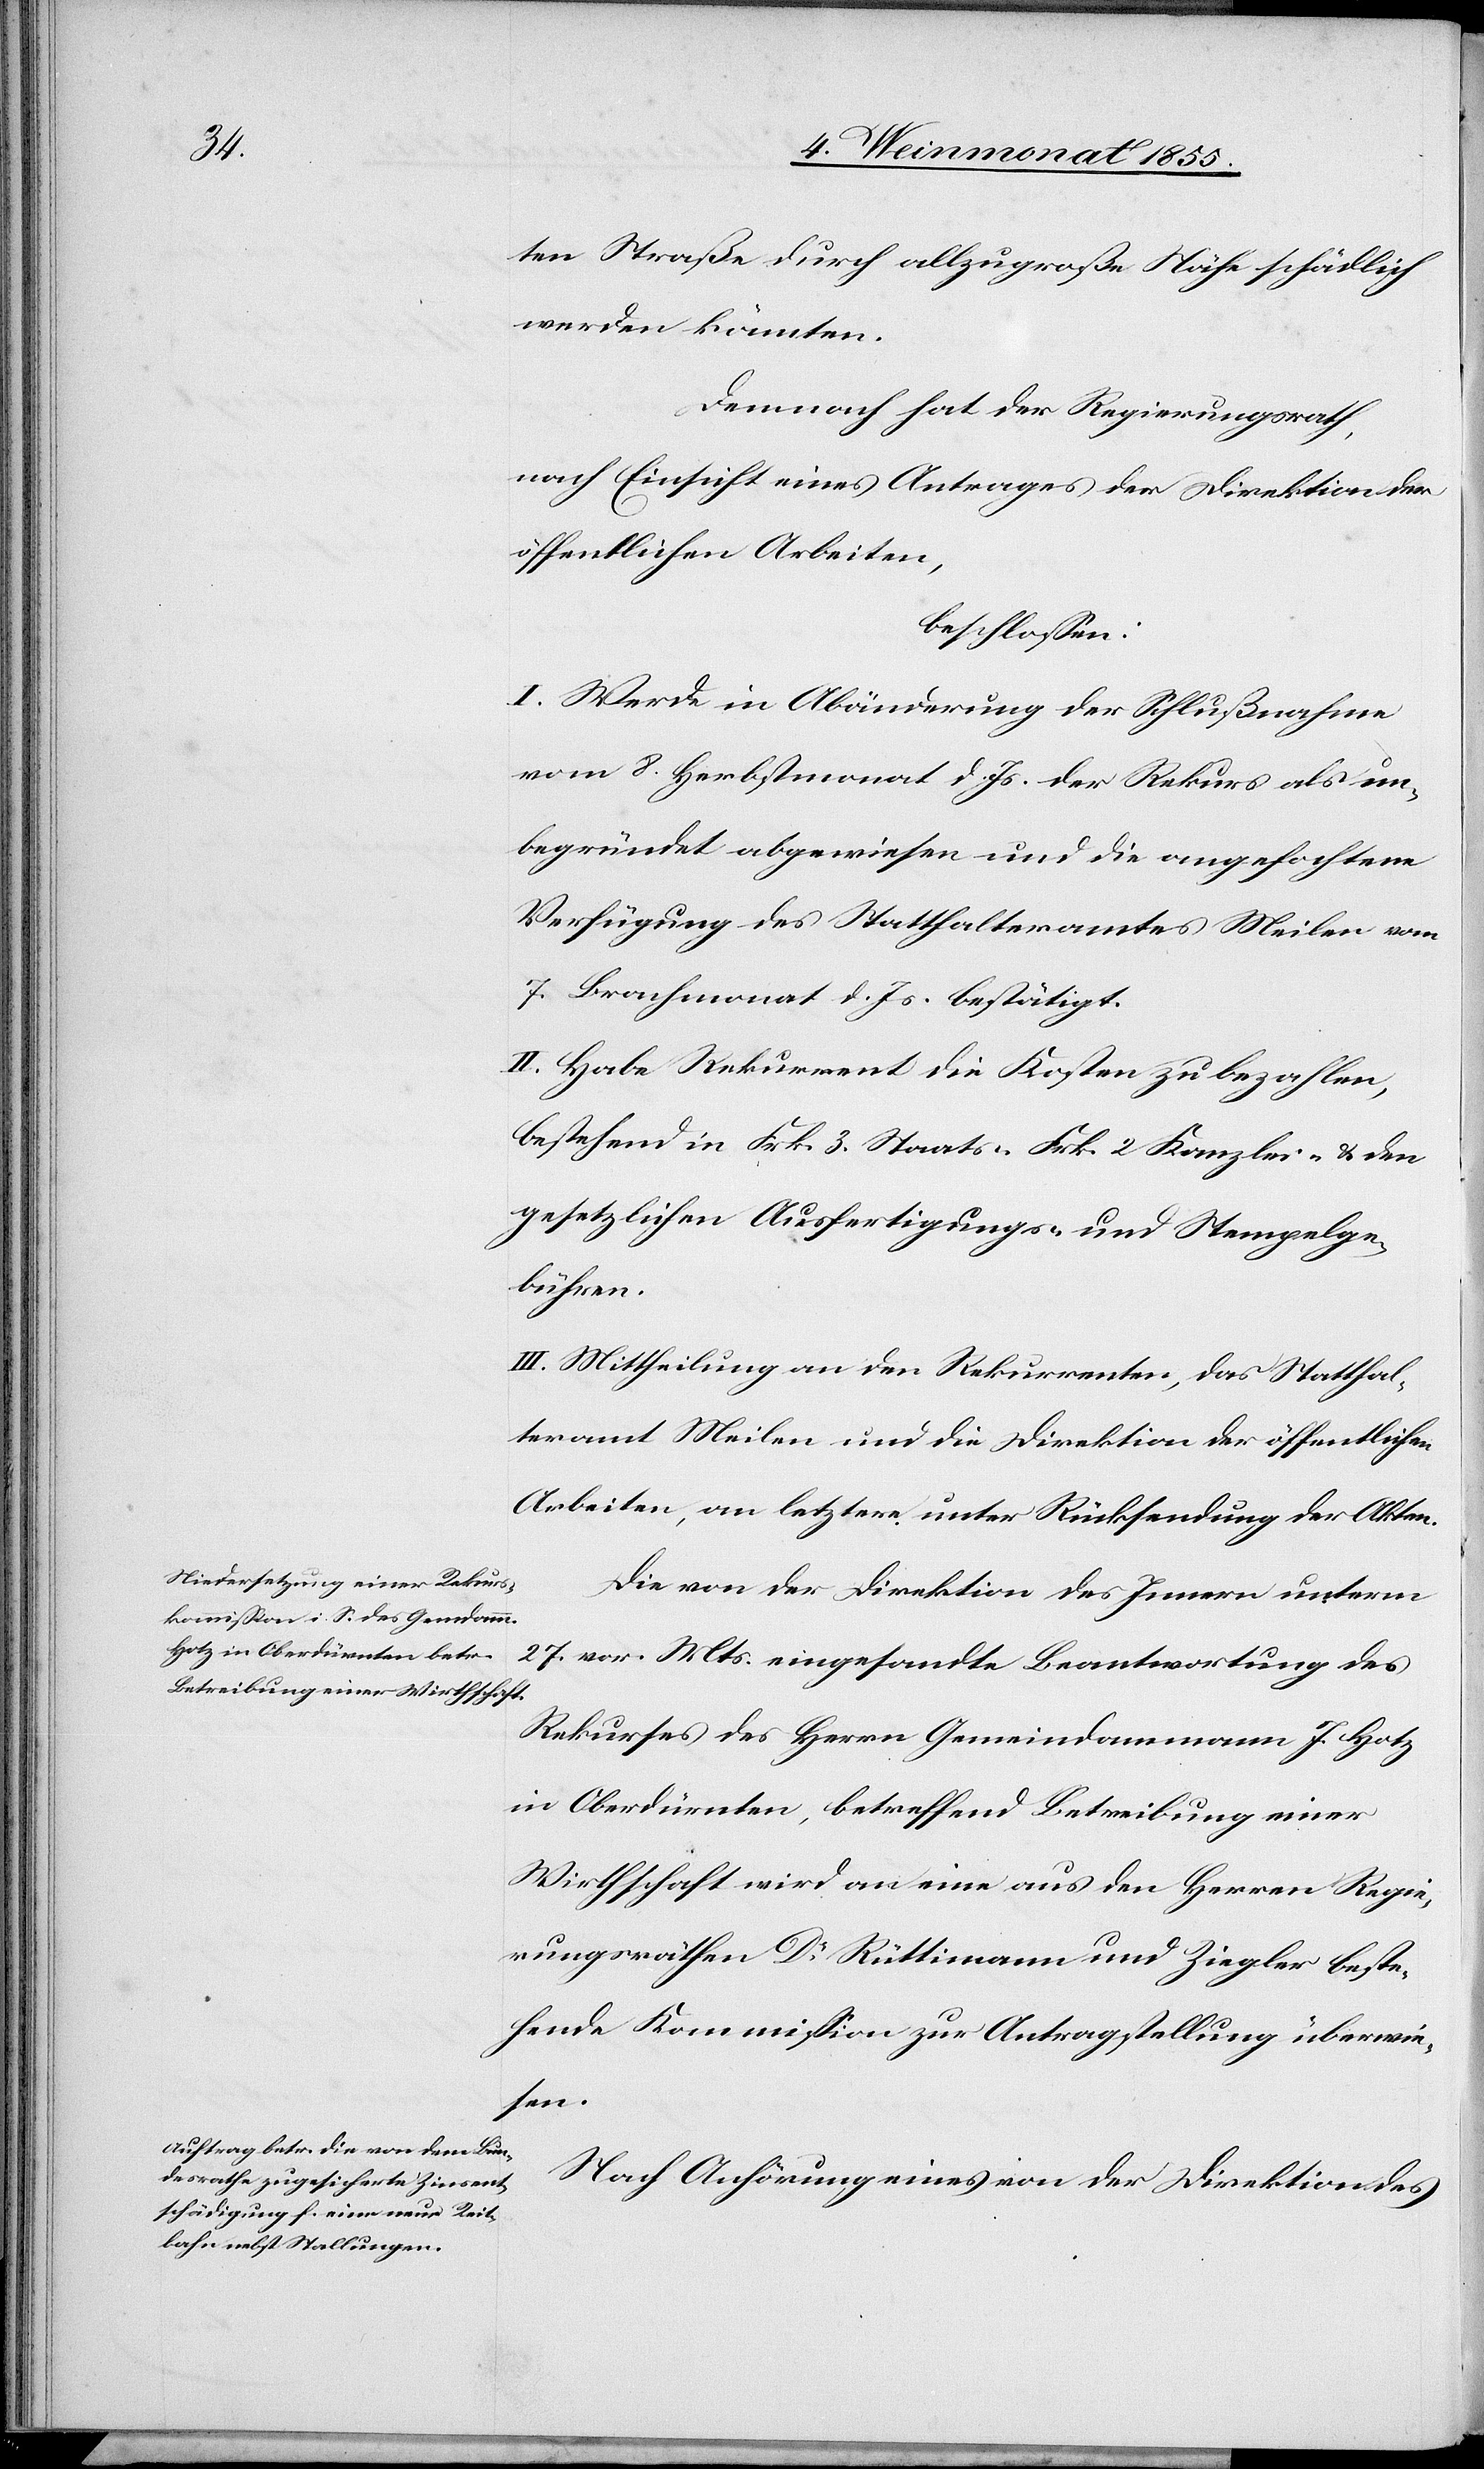
ten Straße durch allzugroße Nähe schädlich
werden könnten.
Demnach hat der Regierungsrath,
nach Einsicht eines Antrages der Direktion der
öffentlichen Arbeiten,
beschlossen:
I. Werde in Abänderung der Schlußnahme
vom 8. Herbstmonat d. Js. der Rekurs als un¬
begründet abgewiesen und die angefochtene
Verfügung des Statthalteramtes Meilen vom
7. Brachmonat d. Js. bestätigt.
II. Habe Rekurrent die Kosten zu bezahlen,
bestehend in Frk. 3. Staats-[,] Frk. 2 Kanzlei- & den
gesetzlichen Ausfertigungs- und Stempelge¬
bühren.
III. Mittheilung an den Rekurrenten, das Statthal¬
teramt Meilen und die Direktion der öffentlichen
Arbeiten, an letztere unter Rücksendung der Akten.
Die von der Direktion des Innern unterm
27. vor. Mts. eingesandte Beantwortung des
Rekurses des Herrn Gemeindammann J. Hotz
in Oberdürnten, betreffend Betreibung einer
Wirthschaft wird an eine aus den Herren Regie¬
rungsräthen Dr Rüttimann und Ziegler beste¬
hende Kommission zur Antragstellung überwie¬
sen.
Nach Anhörung eines von der Direktion des